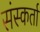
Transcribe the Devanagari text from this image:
संस्कर्ता